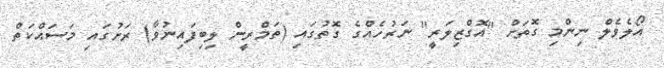
އޯލެވެލް ނިންމި ގޮތަށް "އޮގްޒިލަރީ" ނަރުހެއްގެ ގޮތުގައި (ތަމްރީން ލިބިފައިނުވާ) ރަށުގައި މަސައްކަތް